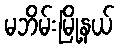
မဘိမ်းမြို့နယ်